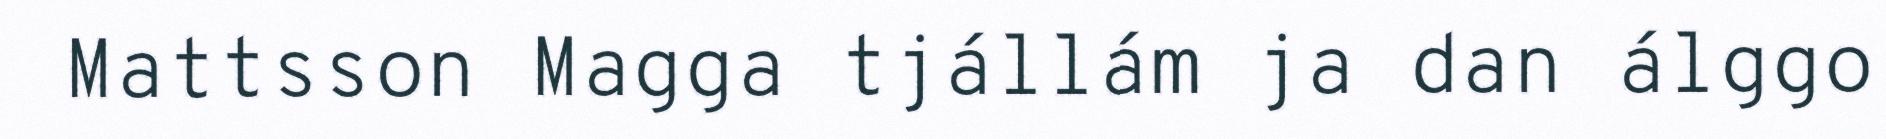
Mattsson Magga tjállám ja dan álggo